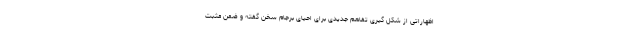
اظهاراتی از شکل گیری تفاهم جدیدی برای احیای برجام سخن گفته و ضمن مثبت